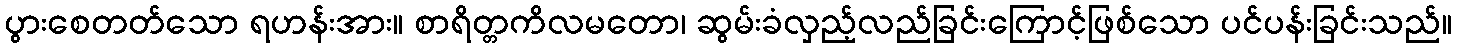
ပွားစေတတ်သော ရဟန်းအား။ စာရိတ္တကိလမတော၊ ဆွမ်းခံလှည့်လည်ခြင်းကြောင့်ဖြစ်သော ပင်ပန်းခြင်းသည်။